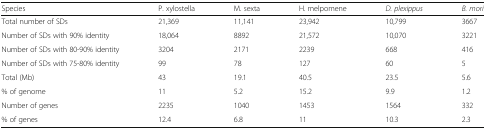
<table><thead><tr><td><b>Species</b></td><td><b>P. xylostella</b></td><td><b>M. sexta</b></td><td><b>H. melpomene</b></td><td><b><i>D. plexippus</i></b></td><td><b><i>B. mori</i></b></td></tr></thead><tbody><tr><td>Total number of SDs</td><td>21,369</td><td>11,141</td><td>23,942</td><td>10,799</td><td>3667</td></tr><tr><td>Number of SDs with 90% identity</td><td>18,064</td><td>8892</td><td>21,572</td><td>10,070</td><td>3221</td></tr><tr><td>Number of SDs with 80-90% identity</td><td>3204</td><td>2171</td><td>2239</td><td>668</td><td>416</td></tr><tr><td>Number of SDs with 75-80% identity</td><td>99</td><td>78</td><td>127</td><td>60</td><td>5</td></tr><tr><td>Total (Mb)</td><td>43</td><td>19.1</td><td>40.5</td><td>23.5</td><td>5.6</td></tr><tr><td>% of genome</td><td>11</td><td>5.2</td><td>15.2</td><td>9.9</td><td>1.2</td></tr><tr><td>Number of genes</td><td>2235</td><td>1040</td><td>1453</td><td>1564</td><td>332</td></tr><tr><td>% of genes</td><td>12.4</td><td>6.8</td><td>11</td><td>10.3</td><td>2.3</td></tr></tbody></table>